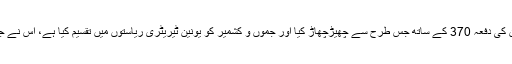
مودی-شاہ کی جوڑی نے آئین کی دفعہ 370 کے ساتھ جس طرح سے چھیڑچھاڑ کیا اور جموں و کشمیر کو یونین ٹیریٹری ریاستوں میں تقسیم کیا ہے، اس نے جمہوریت کی بنیاد ہی ہلا دی۔